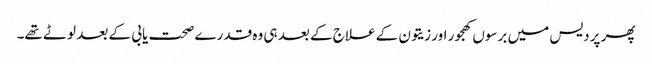
پھر پردیس میں برسوں کھجور اور زیتون کے علاج کے بعد ہی وہ قدرے صحت یابی کے بعد لوٹے تھے۔